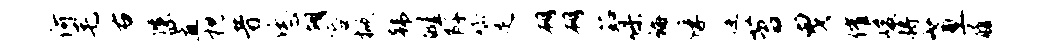
何毛右候置枕昔恁胡容掀韩畦阡唧足朔朔茹保诲俘逄苕曳催峻将蕙履